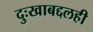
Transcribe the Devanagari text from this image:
दुःखाबद्दलही